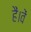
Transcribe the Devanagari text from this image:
हैं।वें